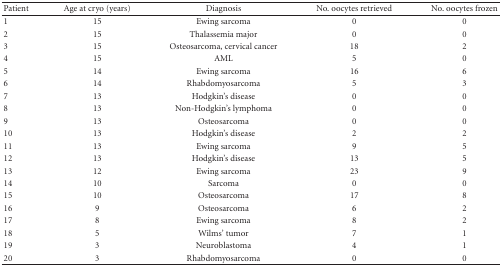
<table><thead><tr><td><b>Patient</b></td><td><b>Age at cryo (years)</b></td><td><b>Diagnosis</b></td><td><b>No. oocytes retrieved</b></td><td><b>No. oocytes frozen</b></td></tr></thead><tbody><tr><td>1</td><td>15</td><td>Ewing sarcoma</td><td>0</td><td>0</td></tr><tr><td>2</td><td>15</td><td>Thalassemia major</td><td>0</td><td>0</td></tr><tr><td>3</td><td>15</td><td>Osteosarcoma, cervical cancer</td><td>18</td><td>2</td></tr><tr><td>4</td><td>15</td><td>AML</td><td>5</td><td>0</td></tr><tr><td>5</td><td>14</td><td>Ewing sarcoma</td><td>16</td><td>6</td></tr><tr><td>6</td><td>14</td><td>Rhabdomyosarcoma</td><td>5</td><td>3</td></tr><tr><td>7</td><td>13</td><td>Hodgkin&#x27;s disease</td><td>0</td><td>0</td></tr><tr><td>8</td><td>13</td><td>Non-Hodgkin&#x27;s lymphoma</td><td>0</td><td>0</td></tr><tr><td>9</td><td>13</td><td>Osteosarcoma</td><td>0</td><td>0</td></tr><tr><td>10</td><td>13</td><td>Hodgkin&#x27;s disease</td><td>2</td><td>2</td></tr><tr><td>11</td><td>13</td><td>Ewing sarcoma</td><td>9</td><td>5</td></tr><tr><td>12</td><td>13</td><td>Hodgkin&#x27;s disease</td><td>13</td><td>5</td></tr><tr><td>13</td><td>12</td><td>Ewing sarcoma</td><td>23</td><td>9</td></tr><tr><td>14</td><td>10</td><td>Sarcoma</td><td>0</td><td>0</td></tr><tr><td>15</td><td>10</td><td>Osteosarcoma</td><td>17</td><td>8</td></tr><tr><td>16</td><td>9</td><td>Osteosarcoma</td><td>6</td><td>2</td></tr><tr><td>17</td><td>8</td><td>Ewing sarcoma</td><td>8</td><td>2</td></tr><tr><td>18</td><td>5</td><td>Wilms&#x27; tumor</td><td>7</td><td>1</td></tr><tr><td>19</td><td>3</td><td>Neuroblastoma</td><td>4</td><td>1</td></tr><tr><td>20</td><td>3</td><td>Rhabdomyosarcoma</td><td>0</td><td>0</td></tr></tbody></table>